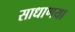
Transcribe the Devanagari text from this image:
साधाणया